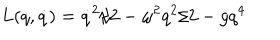
LaTeX: L ( q , \dot { q } ) = \dot { q } ^ { 2 } / 2 - \omega ^ { 2 } q ^ { 2 } / 2 - g q ^ { 4 }